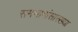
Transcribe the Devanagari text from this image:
समभागांसारख्या